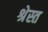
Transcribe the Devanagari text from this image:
श्रेस्त